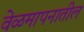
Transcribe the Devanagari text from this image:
वेळमापनातील